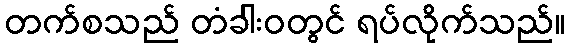
တက်စသည် တံခါးဝတွင် ရပ်လိုက်သည်။